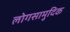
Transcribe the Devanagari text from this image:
लोगसामुदिक